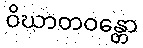
ဝိဃာတဝန္တော